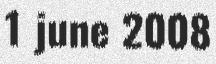
1 june 2008